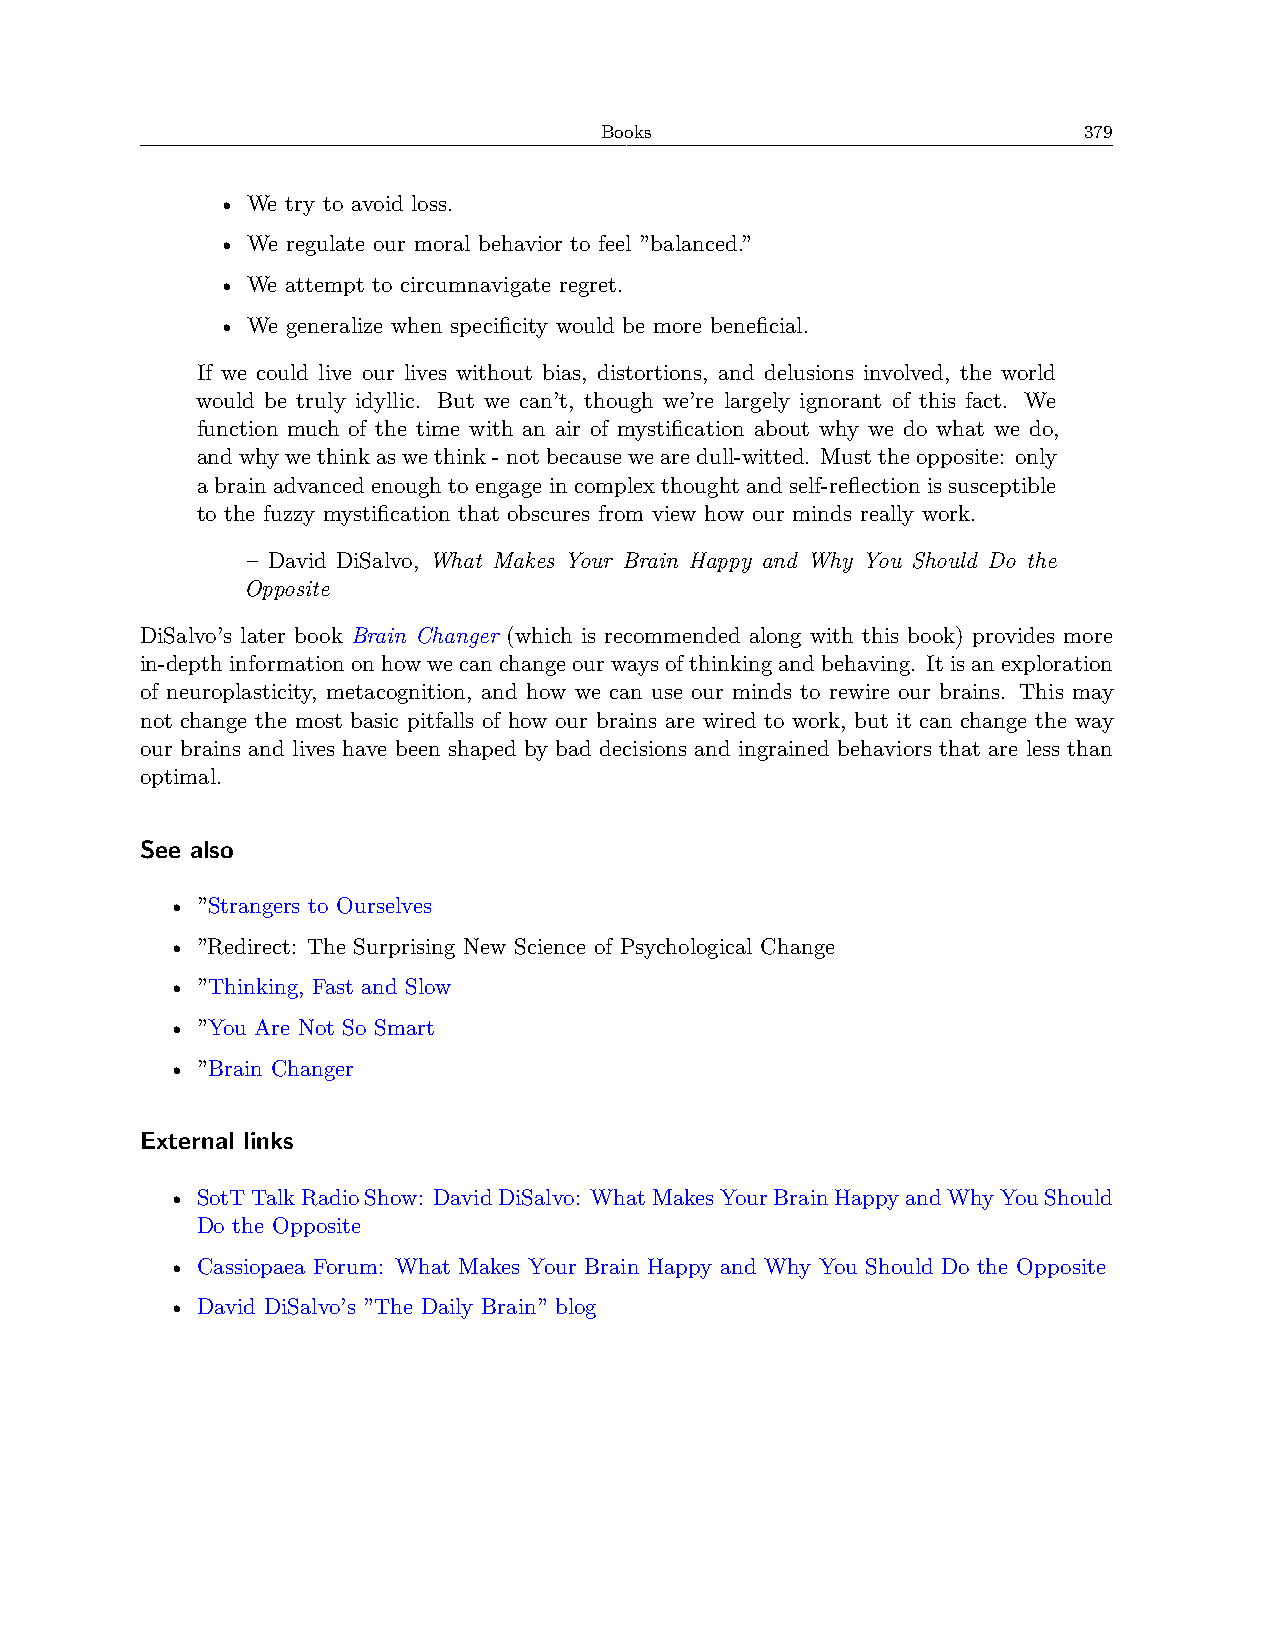
Books                           379
 • We try to avoid loss.
 • We regulate our moral behavior to feel ”balanced.”
 • We attempt to circumnavigate regret.
 • We generalize when specificity would be more beneficial.
 If we could live our lives without bias, distortions, and delusions involved, the world
 would be truly idyllic. But we can’t, though we’re largely ignorant of this fact. We
 function much of the time with an air of mystification about why we do what we do,
 andwhywethinkaswethink-notbecausewearedull-witted. Musttheopposite: only
 a brain advanced enough to engage in complex thought and self-reflection is susceptible
 to the fuzzy mystification that obscures from view how our minds really work.
 – David DiSalvo, What Makes Your Brain Happy and Why You Should Do the
 Opposite
 DiSalvo’s later book Brain Changer (which is recommended along with this book) provides more
 in-depthinformationonhowwecanchangeourwaysofthinkingandbehaving. Itisanexploration
 of neuroplasticity, metacognition, and how we can use our minds to rewire our brains. This may
 not change the most basic pitfalls of how our brains are wired to work, but it can change the way
 our brains and lives have been shaped by bad decisions and ingrained behaviors that are less than
 optimal.
 See also
 • ”Strangers to Ourselves
 • ”Redirect: The Surprising New Science of Psychological Change
 • ”Thinking, Fast and Slow
 • ”You Are Not So Smart
 • ”Brain Changer
 External links
 • SotTTalkRadioShow: DavidDiSalvo: WhatMakesYourBrainHappyandWhyYouShould
 Do the Opposite
 • Cassiopaea Forum: What Makes Your Brain Happy and Why You Should Do the Opposite
 • David DiSalvo’s ”The Daily Brain” blog